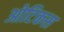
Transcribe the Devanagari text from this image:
ओटिकस